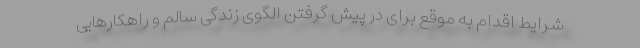
شرایط اقدام به موقع برای در پیش گرفتن الگوی زندگی سالم و راهکارهایی